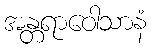
အန္တရာဝေါသာနံ